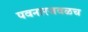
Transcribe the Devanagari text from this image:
पवनारजवळच